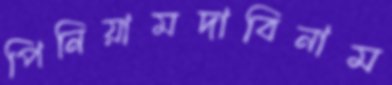
পিনিয়ামদাবিনাম